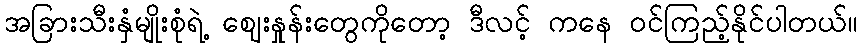
အခြားသီးနှံမျိုးစုံရဲ့ ဈေးနှုန်းတွေကိုတော့ ဒီလင့် ကနေ ဝင်ကြည့်နိုင်ပါတယ်။